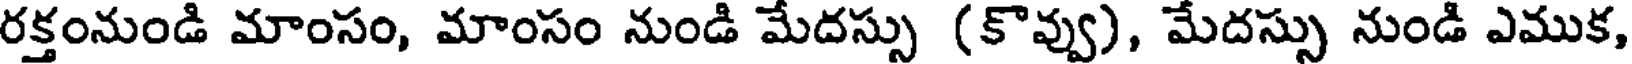
రక్తంనుండి మాంసం, మాంసం నుండి మేదస్సు (కొవ్వు), మేదస్సు నుండి ఎముక,